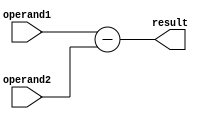
module Subtractor (
    input wire [31:0] operand1,
    input wire [31:0] operand2,
    output reg [31:0] result
);

always @(*) begin
    result = operand1 - operand2;
end

endmodule